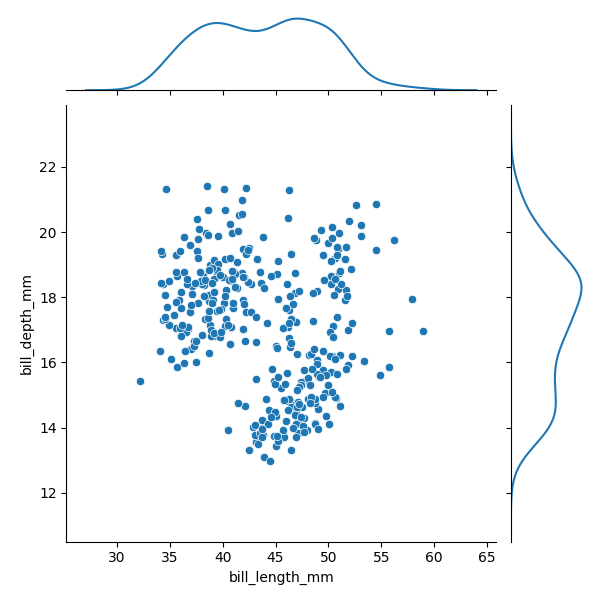
python, seaborn, JointGrid, scatterplot, kdeplot